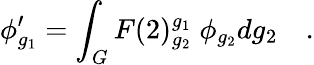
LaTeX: \phi_{g_{1}}^{\prime}=\int_{G}F(2)_{g_{2}}^{g_{1}}\; \phi_{g_{2}}dg_{2}\quad.